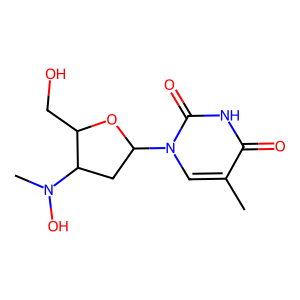
SMILES: Cc1cn(C2CC(N(C)O)C(CO)O2)c(=O)[nH]c1=O
Inhibits HIV replication: Yes